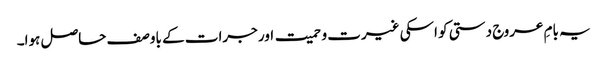
یہ بامِ عروج دستی کو اسکی غیرت و حمیت اور جرات کے باوصف حاصل ہوا۔